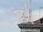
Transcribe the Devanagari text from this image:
गुडलेटे